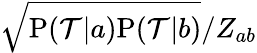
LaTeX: \sqrt{\mathrm{P}({\cal T}|a)\mathrm{P}({\cal T}|b)}/Z_{ab}